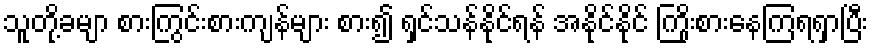
သူတို့ခမျာ စားကြွင်းစားကျန်များ စား၍ ရှင်သန်နိုင်ရန် အနိုင်နိုင် ကြိုးစားနေကြရရှာပြီး